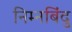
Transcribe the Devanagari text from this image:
निम्नबिंदु